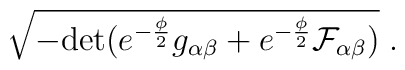
\sqrt{- {\rm det} (e^{- \frac{\phi}{2}} g_{\alpha \beta} +  e^{- \frac{\phi}{2}} {\cal F}_{\alpha \beta} ) } \; .